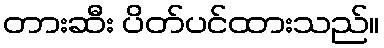
တားဆီး ပိတ်ပင်ထားသည်။